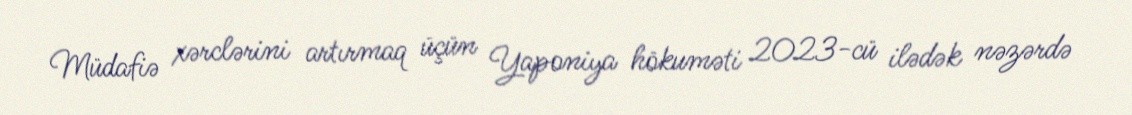
Müdafiə xərclərini artırmaq üçün Yaponiya hökuməti 2023-cü ilədək nəzərdə